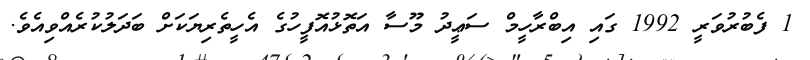
1 ފެބުރުވަރީ 1992 ގައި އިބްރާހީމް ސަޢީދު މޫސާ އަތޮޅުއޮފީހުގެ އެހީތެރިޔަކަށް ބަދަލުކުރެއްވިއެވެ.